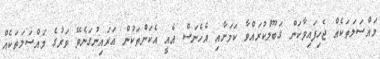
މައްސަލަތަކެއް ޖެހިފައިވާކަން ގަބޫލުކުރައްވާ ކަަމަށާއި އެހެނަސް އެއީ އެކަންތަކުން އަރައިނުގަނެވޭ ވަރުގެ މައްސަލަތަކެއް